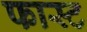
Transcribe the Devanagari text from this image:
फास्‍ट